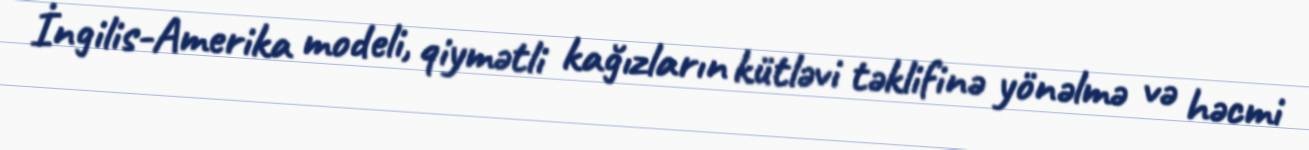
İngilis-Amerika modeli, qiymətli kağızların kütləvi təklifinə yönəlmə və həcmi